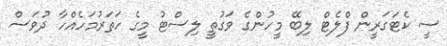
ސީ ކެޓަގަރީން ފްލެޓް ލިބޭ މީހުންގެ ވަގުތީ ލިސްޓު މީގެ ހަތަރުމަހެއްހާ ދުވަސް